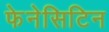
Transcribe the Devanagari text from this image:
फेनेसिटिन